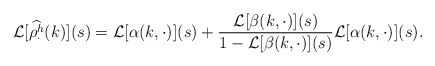
\begin{align*}\mathcal{L}[\widehat{\rho^h_{\cdot}}(k)](s) = \mathcal{L}[\alpha(k,\cdot)](s) + \frac{\mathcal{L}[\beta(k,\cdot)](s)}{1-\mathcal{L}[\beta(k,\cdot)](s)}\mathcal{L}[\alpha(k,\cdot)](s).\end{align*}